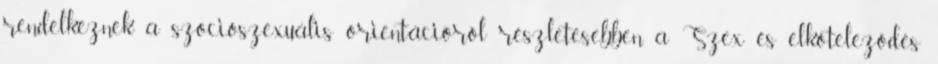
rendelkeznek a szocioszexuális orientációról részletesebben a Szex és elköteleződés